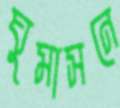
ঘুমাসনে